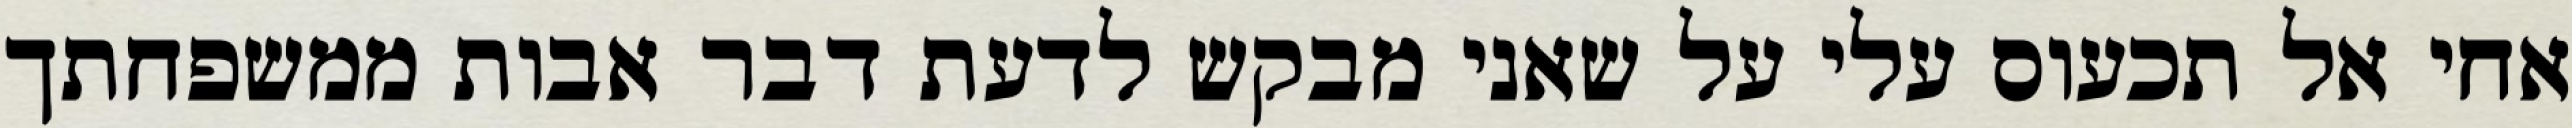
אחי אל תכעוס עלי על שאני מבקש לדעת דבר אבות ממשפחתך